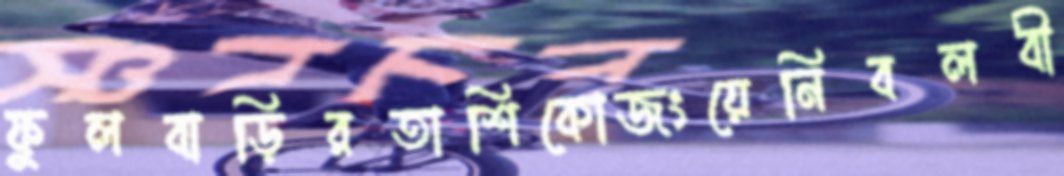
ফুলবাড়িরতাশিকোজংয়েনিবলবী